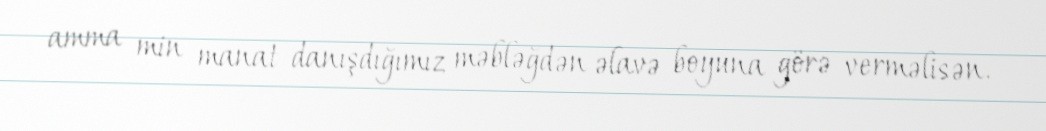
amma min manat danışdığımız məbləğdən əlavə boyuna görə verməlisən.